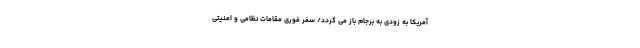
آمریکا به زودی به برجام باز می گردد/ سفر فوری مقامات نظامی و امنیتی